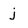
Character: j